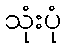
သုံးပုံ